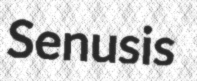
Senusis